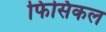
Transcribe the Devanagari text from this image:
फिसिकल